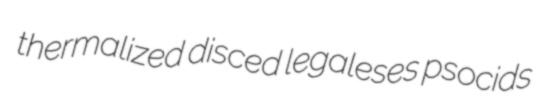
thermalized disced legaleses psocids